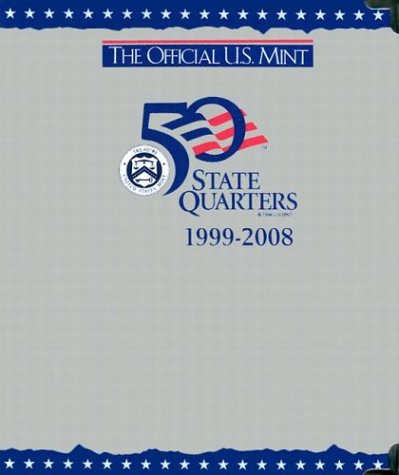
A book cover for The Official U.S. Mint 50 State Quarters 1999-2008 (P and d Album); Crafts, Hobbies & Home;